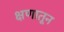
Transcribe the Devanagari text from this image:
क्षणातून